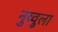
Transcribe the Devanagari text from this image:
नुव्वुला